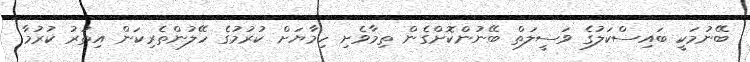
ބޭނުމަކީ ބައިސްކަލުގެ ވަސީލަތް ބޭނުންކޮށްގެން ތިމާވެށި ހިމާޔަށް ކުރުމުގެ ހޭލުންތެރިކަން އިތުރު ކުރުމާ